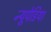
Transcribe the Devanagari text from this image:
न्यूपेडिया